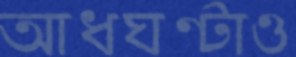
আধঘণ্টাও